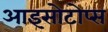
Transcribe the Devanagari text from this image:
आइसोटोप्स